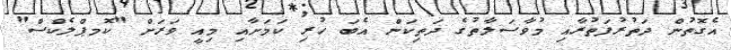
އެގޮތުން ދަތުރުފަތުރާއި މުވާސަލާތުގެ ދަތިކަން އެބަ ހުރި ކަމަށާއި މިއީ ވަރަށް "ކޮމޕްލެކްސް"